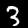
Label: 3